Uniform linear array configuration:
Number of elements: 16
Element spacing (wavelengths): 0.25
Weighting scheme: cosine
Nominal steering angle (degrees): -45
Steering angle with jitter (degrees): -43.943
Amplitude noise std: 0.05
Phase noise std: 0.05

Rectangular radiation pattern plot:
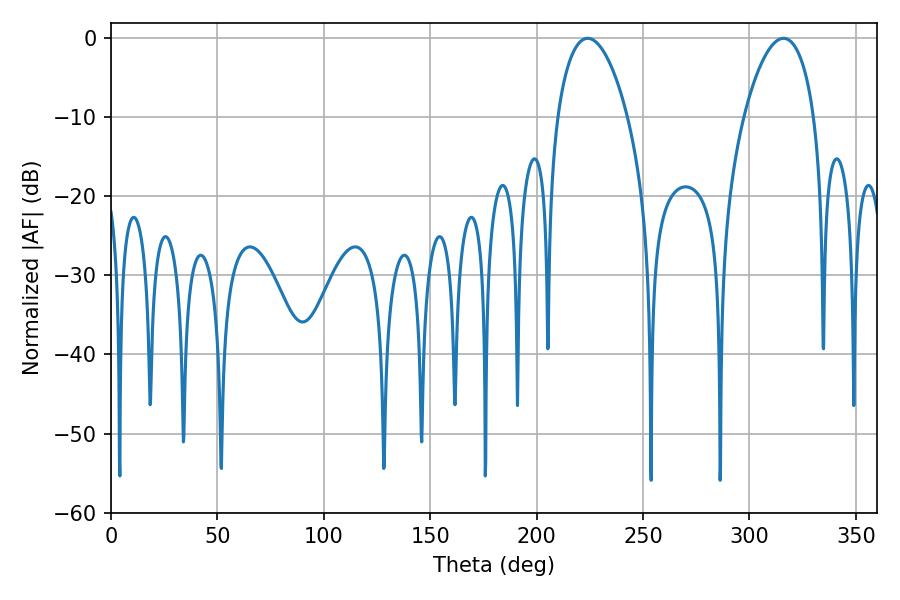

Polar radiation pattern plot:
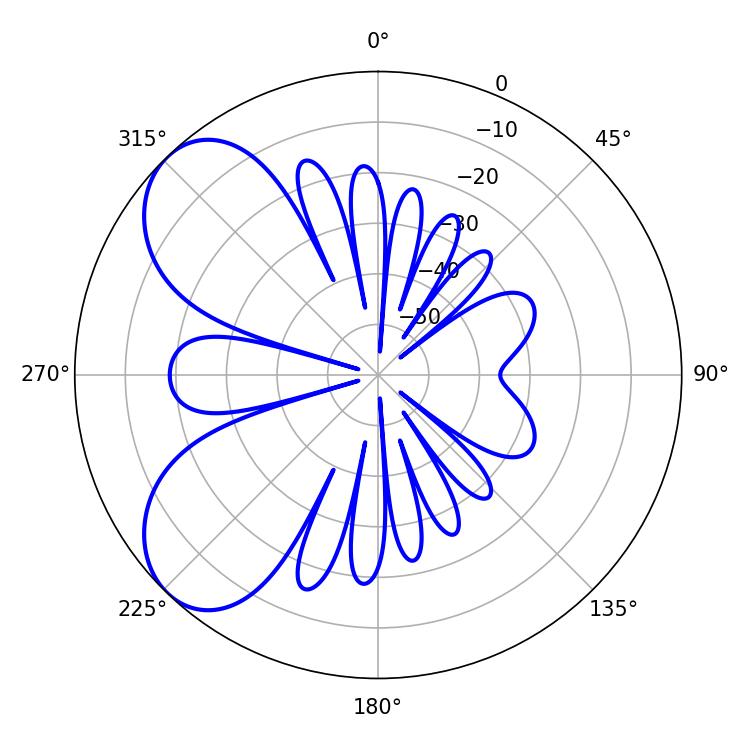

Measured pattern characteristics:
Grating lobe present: FALSE
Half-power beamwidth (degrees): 18.54
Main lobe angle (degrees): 223.92